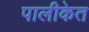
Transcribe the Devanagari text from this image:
पालीकेत